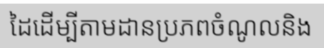
ដៃដើម្បីតាមដានប្រភពចំណូលនិង